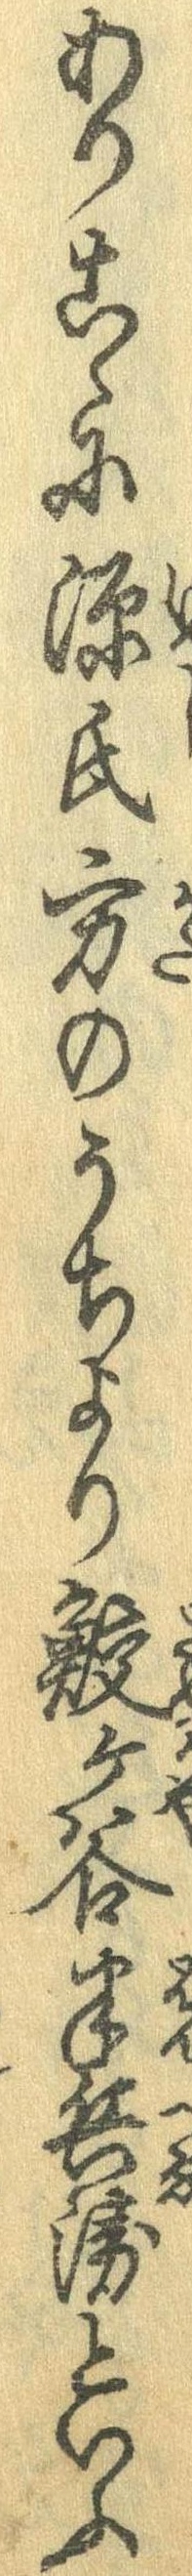
ありこゝに源氏方のうちより鮫ケ谷半兵衛といふ